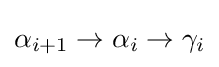
\alpha _{i+1}\to \alpha _{i}\to \gamma _{i}